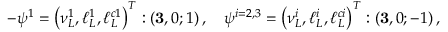
- \psi ^ { 1 } = \left( \nu _ { L } ^ { 1 } , \ell _ { L } ^ { 1 } , \ell _ { L } ^ { c 1 } \right) ^ { T } : \left( { \bf 3 } , 0 ; 1 \right) , \quad \psi ^ { i = 2 , 3 } = \left( \nu _ { L } ^ { i } , \ell _ { L } ^ { i } , \ell _ { L } ^ { c i } \right) ^ { T } : \left( { \bf 3 } , 0 ; - 1 \right) ,